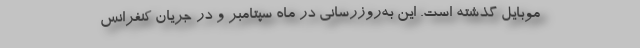
موبایل گذشته است. این به‌روزرسانی در ماه سپتامبر و در جریان کنفرانس